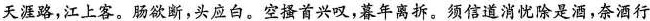
天涯路，江上客。肠欲断，头应白。空搔首兴叹，暮年离拆。须信道消忧除是酒，奈酒行